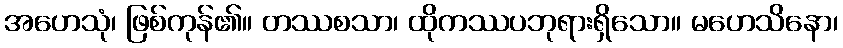
အဟေသုံ၊ ဖြစ်ကုန်၏။ တဿစသာ၊ ထိုကဿပဘုရားရှိသော။ မဟေသိနော၊